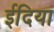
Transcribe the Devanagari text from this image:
ईदिया